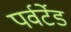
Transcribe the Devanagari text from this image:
पर्वर्टेड